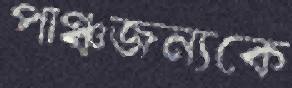
পাঞ্চজন্যকে